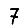
Digit: 7